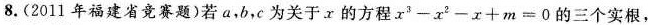
8. (2011年福建省竞赛题)若 a，b，c 为关于 x 的方程 $$x ^ { 3 } - x ^ { 2 } - x + m = 0$$ 的三个实根，